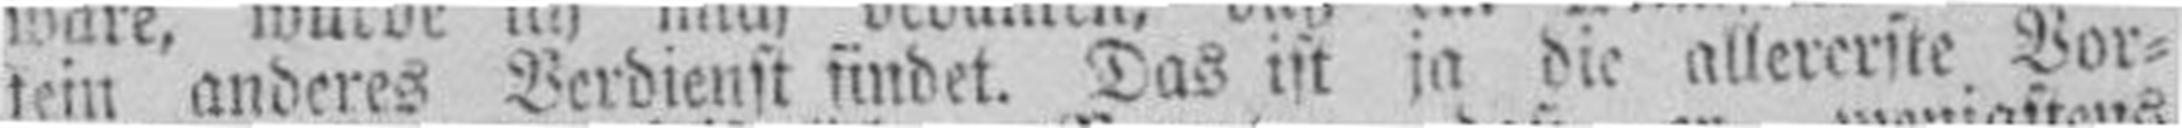
kein anderes Verdienst findet. Das ist ja die allereriste Vor¬